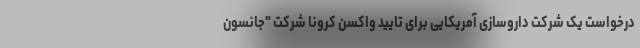
درخواست یک شرکت داروسازی آمریکایی برای تایید واکسن کرونا شرکت "جانسون